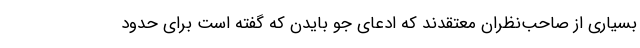
بسیاری از صاحب‌نظران معتقدند که ادعای جو بایدن که گفته است برای حدود